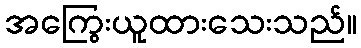
အကြွေးယူထားသေးသည်။